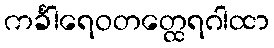
ကင်္ခါရေဝတတ္ထေရဂါထာ